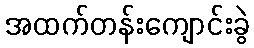
အထက်တန်းကျောင်းခွဲ